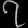
Digit: ၇